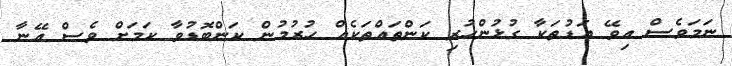
ނަމަވެސް އިވޭ އަޑުތަކާ ގުޅުންހުރި ކަންތައްތަކެއް ހުރުމުން ކަންބޮޑުވާ ކަމަށް ވެސް އޭނާ